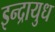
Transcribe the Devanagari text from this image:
इन्द्रायुध